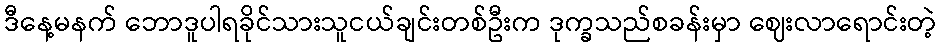
ဒီနေ့မနက် ဘောဒူပါရခိုင်သားသူငယ်ချင်းတစ်ဦးက ဒုက္ခသည်စခန်းမှာ ဈေးလာရောင်းတဲ့